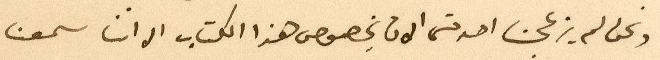
ونحن لم يزعجنا احد حتى الان بخصوص هذا الكتاب الا اننا سمعنا